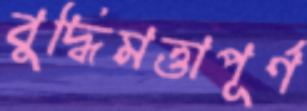
বুদ্ধিমত্তাপূর্ণ